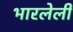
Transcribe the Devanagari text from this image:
भारलेली